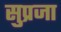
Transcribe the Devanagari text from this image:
सुप्रजा